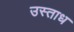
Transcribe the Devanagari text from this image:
उस्ताध